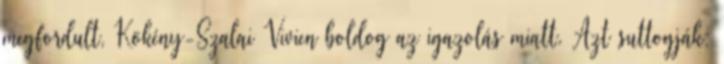
meg­for­dult, Kö­kény-Sza­lai Vi­vien bol­dog az iga­zo­lás miatt. Azt suttogják: